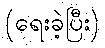
(ရေးခဲ့ပြီး)